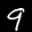
Label: 9